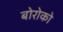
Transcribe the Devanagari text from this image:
बोरोको